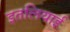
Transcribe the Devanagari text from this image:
इतलियाई